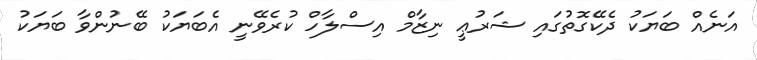
އަނެއް ބަޔަކު ދެކޭގޮތުގައި ޝަރުޢީ ނިޒާމް އިސްލާހް ކުރެވޭނީ އެބަޔަކު ބޭނުންވާ ބަޔަކު